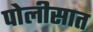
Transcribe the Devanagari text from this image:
पोलीसात